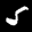
Label: 5